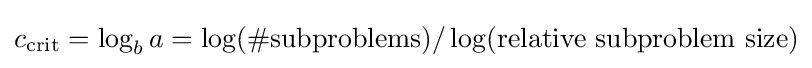
c_{\operatorname {crit} }=\log _{b}a=\log(\#{\text{subproblems}})/\log({\text{relative subproblem size}})